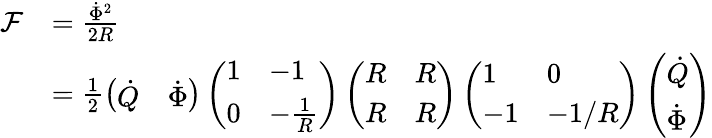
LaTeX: \begin{array}{rl}{\mathcal{F}}&{=\frac{\dot{\Phi}^{2}}{2R}}\\ &{=\frac{1}{2}\left(\begin{array}{ll}{\dot{Q}}&{\dot{\Phi}}\end{array}\right)\left(\begin{array}{ll}{1}&{-1}\\ {0}&{-\frac{1}{R}}\end{array}\right)\left(\begin{array}{ll}{R}&{R}\\ {R}&{R}\end{array}\right)\left(\begin{array}{ll}{1}&{0}\\ {-1}&{-1/R}\end{array}\right)\left(\begin{array}{l}{\dot{Q}}\\ {\dot{\Phi}}\end{array}\right)}\end{array}